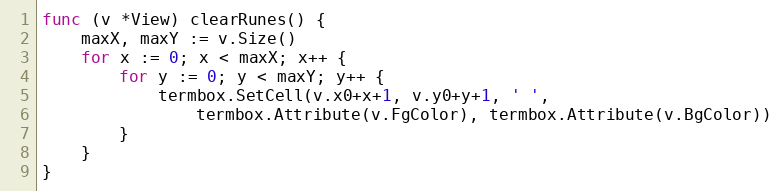
Language: Go
func (v *View) clearRunes() {
	maxX, maxY := v.Size()
	for x := 0; x < maxX; x++ {
		for y := 0; y < maxY; y++ {
			termbox.SetCell(v.x0+x+1, v.y0+y+1, ' ',
				termbox.Attribute(v.FgColor), termbox.Attribute(v.BgColor))
		}
	}
}